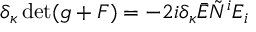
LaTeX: \delta _ { \kappa } \operatorname * { d e t } ( g + { \cal F } ) = - 2 i \delta _ { \kappa } \bar { E } \tilde { N } ^ { i } E _ { i }